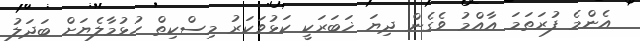
އެންމެ ފުރަތަމަ އާއްމު ވެގެން ދިޔަ ޚަބަރަކީ ކަޅުވަކަރު މިސްކިތް ހުޅުމާލެޔަށް ބަދަލު